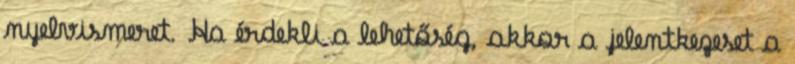
nyelvismeret. Ha érdekli a lehetőség, akkor a jelentkezeset a